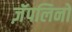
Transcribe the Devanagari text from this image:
ज़ॅपलिनों